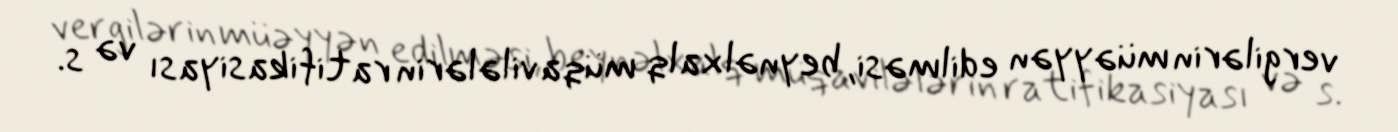
vergilərin müəyyən edilməsi, beynəlxalq müqavilələrin ratifikasiyası və s.